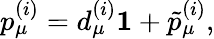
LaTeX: p_{\mu}^{(i)}=d_{\mu}^{(i)}{\mathbf 1}+\tilde{p}_{\mu}^{(i)},